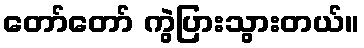
တော်တော် ကွဲပြားသွားတယ်။